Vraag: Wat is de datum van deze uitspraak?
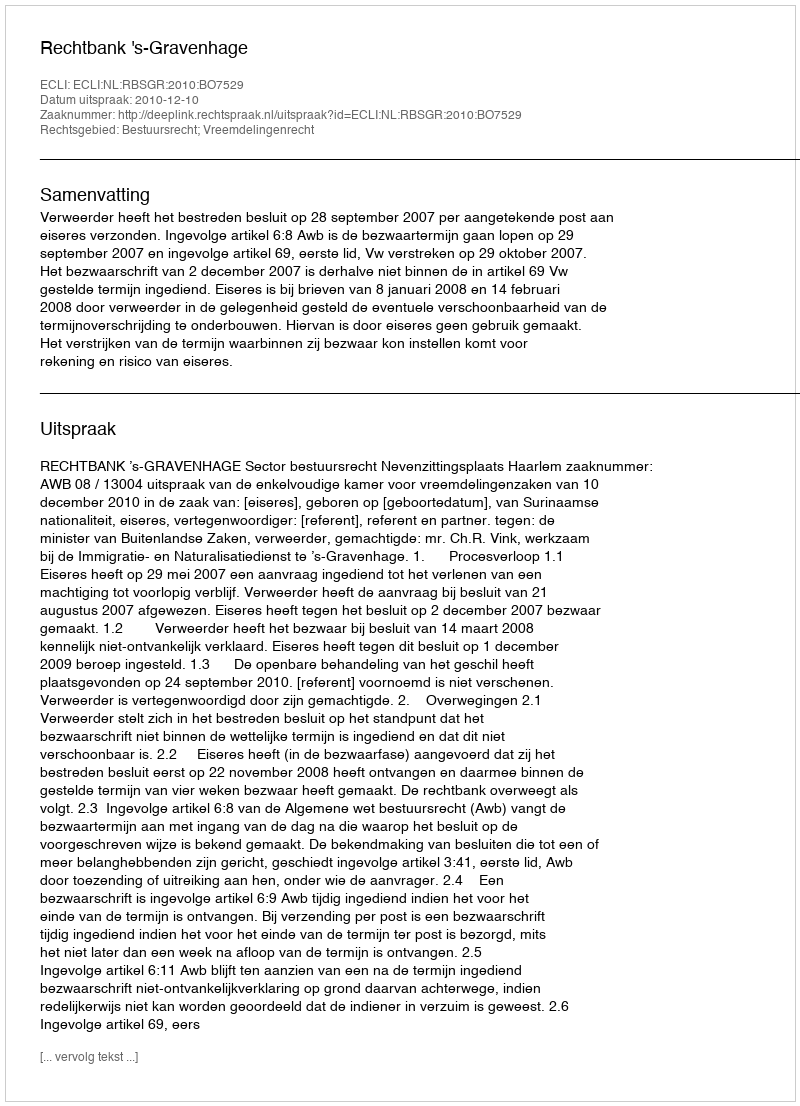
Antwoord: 2010-12-10